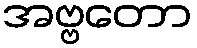
အဗ္ဗတော